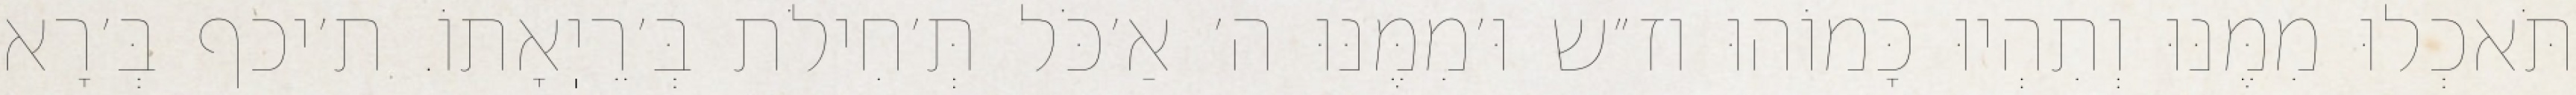
תֹּאכְלוּ מִמֶּנּוּ וְתִהְיוּ כָּמוֹהוּ וז״ש וּ׳מִמֶּנּוּ ה׳ אַ׳כֹּל תְּ׳חִילֹת בְּ׳רֵיֽאָתוֹ. ת׳יכף בְּ׳רָא